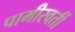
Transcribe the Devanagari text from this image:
पामीरवर्ती